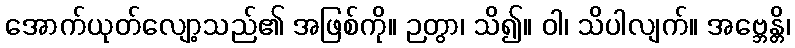
အောက်ယုတ်လျော့သည်၏ အဖြစ်ကို။ ဉတွာ၊ သိ၍။ ဝါ၊ သိပါလျက်။ အဗ္ဘေန္တိ၊